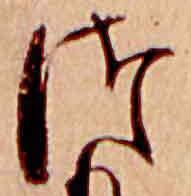
つ